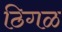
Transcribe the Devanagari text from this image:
ठिगळ